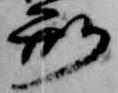
刑